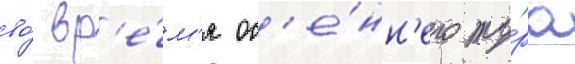
во́ вр'е́м'я ос'е́нн'его ту́ра